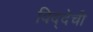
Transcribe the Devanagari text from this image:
विद्देची